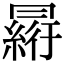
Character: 𠕮